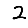
Digit: 2